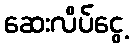
ဆေးလိပ်ငွေ့